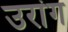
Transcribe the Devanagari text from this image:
उरांग